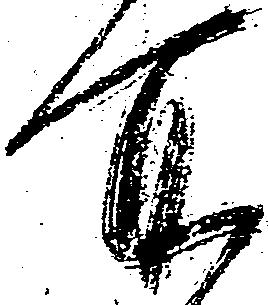
所